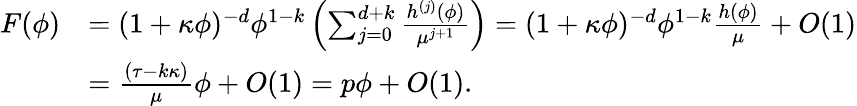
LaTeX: \begin{array}{rl}{F(\phi)}&{=(1+\kappa\phi)^{-d}\phi^{1-k}\left(\sum_{j=0}^{d+k}\frac{h^{(j)}(\phi)}{\mu^{j+1}}\right)=(1+\kappa\phi)^{-d}\phi^{1-k}\frac{h(\phi)}{\mu}+O(1)}\\ &{=\frac{(\tau-k\kappa)}{\mu}\phi+O(1)=p\phi+O(1).}\end{array}